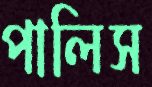
পালিস